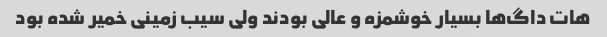
هات داگ‌ها بسیار خوشمزه و عالی بودند ولی سیب زمینی خمیر شده بود